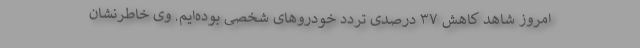
امروز شاهد کاهش ۳۷ درصدی تردد خودروهای شخصی بوده‌ایم. وی خاطرنشان